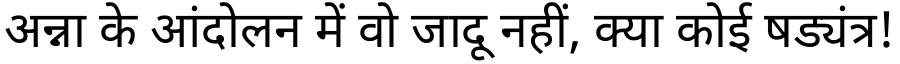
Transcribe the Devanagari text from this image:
अन्ना के आंदोलन में वो जादू नहीं, क्या कोई षड्यंत्र!